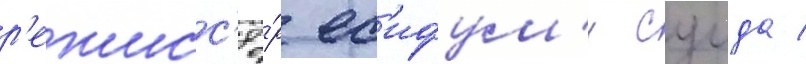
р'ежисс'ё́р ес'ифум'и суида /